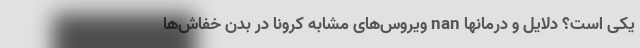
یکی است؟ دلایل و درمانها nan ویروس‌های مشابه کرونا در بدن خفاش‌ها